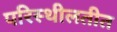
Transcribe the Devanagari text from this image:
परिस्थीलतीत